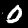
Label: 0